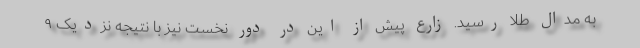
به مدال طلا رسید. زارع پیش از این در دور نخست نیز با نتیجه نزدیک ۹